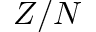
Z / N